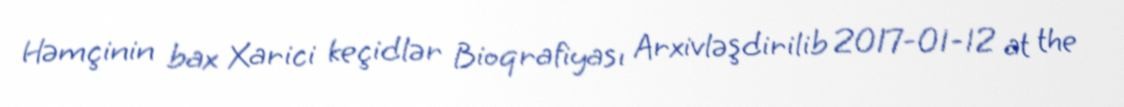
Həmçinin bax Xarici keçidlər Bioqrafiyası Arxivləşdirilib 2017-01-12 at the